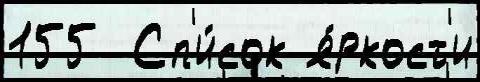
155  Сп'и́сок я́ркост'и